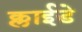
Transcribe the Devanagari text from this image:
क्लाईडे